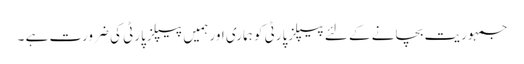
جمہوریت بچانے کے لئے پیپلزپارٹی کو ہماری اور ہمیں پیپلزپارٹی کی ضرورت ہے ۔